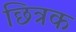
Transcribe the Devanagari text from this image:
छित्रक